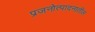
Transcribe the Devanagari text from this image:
प्रजनोत्पादनातील